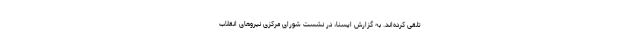
تلقی کرده‌اند. به گزارش ایسنا، در نشست شورای مرکزی نیروهای انقلاب